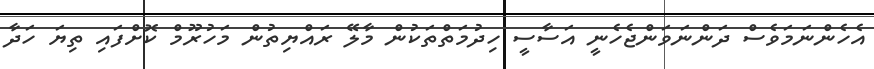
އެހެންނަމަވެސް ދަންނަވަންޖެހެނީ އަސާސީ ހިދުމަތްތަކުން މާލޭ ރައްޔިތުން މަހުރޫމް ކޮށްފައި ތިޔަ ހަދާ